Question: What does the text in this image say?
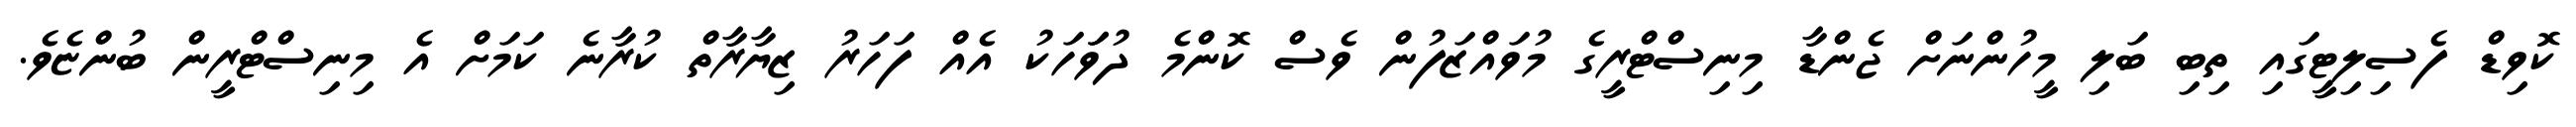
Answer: ކޮވިޑް ފެސިލިޓީގައި ތިބި ބަލި މީހުންނަށް ޖެންޑާ މިނިސްޓްރީގެ މުވައްޒަފުން ވެސް ކޮންމެ ދުވަަހަކު އެއް ފަހަރު ޒިޔާރާތް ކުރާނެ ކަމަށް އެ މިނިސްޓްރީން ބުންޏެވެ.